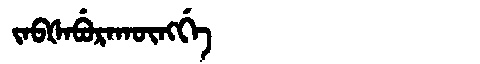
Manchu: ᠵᠠᠪᡧᠠᠪᡠᡵᠠᡴᡡᠩᡤᡝ
Romanization: JABŠABURAKŪNGGE